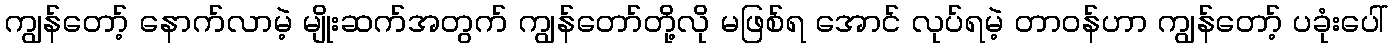
ကျွန်တော့် နောက်လာမဲ့ မျိုးဆက်အတွက် ကျွန်တော်တို့လို မဖြစ်ရ အောင် လုပ်ရမဲ့ တာဝန်ဟာ ကျွန်တော့် ပခုံးပေါ်